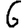
Digit: 6